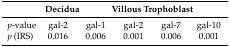
|  | Decidua | <COLSPAN=4> Villous Trophoblast |
 | --- | --- | --- | --- | --- | --- |
 | p-value | gal-2 | gal-1 | gal-2 | gal-7 | gal-10 |
 | p (IRS) | 0.016 | 0.006 | 0.001 | 0.006 | 0.001 |